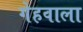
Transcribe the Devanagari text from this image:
गेहवाला